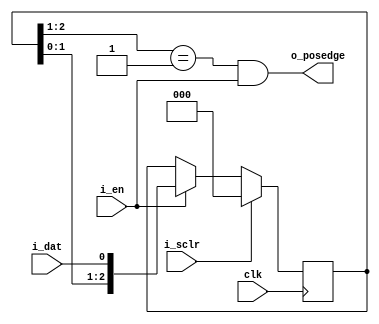
`ifndef _posedge_detector
`define _posedge_detector

module posedge_detector (
  input wire clk, i_sclr, i_en, i_dat,
  output wire o_posedge
);

  reg [2:0] r_en;

  always @(posedge clk) begin
    if (i_sclr) begin
      r_en <= 3'b000;
    end else if (i_en) begin
      r_en <= {r_en[1:0], i_dat};
    end
  end

  assign o_posedge = (r_en[2:1] == 2'b01) & i_en;
endmodule

`endif